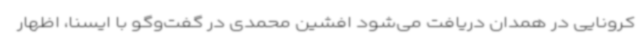
کرونایی در همدان دریافت می‌شود افشین محمدی در گفت‌وگو با ایسنا، اظهار